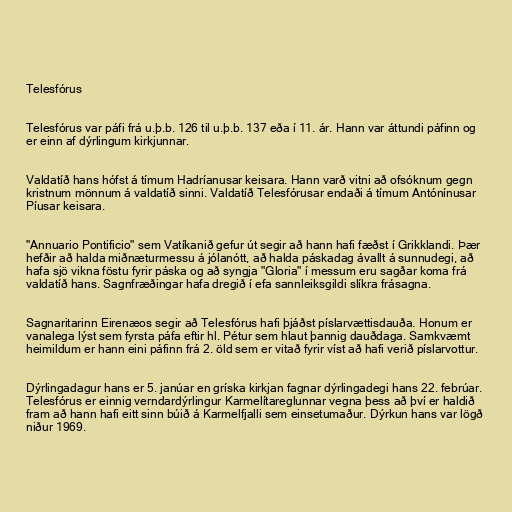
Telesfórus

Telesfórus var páfi frá u.þ.b. 126 til u.þ.b. 137 eða í 11. ár. Hann var áttundi páfinn og
er einn af dýrlingum kirkjunnar.

Valdatíð hans hófst á tímum Hadríanusar keisara. Hann varð vitni að ofsóknum gegn
kristnum mönnum á valdatíð sinni. Valdatíð Telesfórusar endaði á tímum Antónínusar
Píusar keisara.

"Annuario Pontificio" sem Vatíkanið gefur út segir að hann hafi fæðst í Grikklandi. Þær
hefðir að halda miðnæturmessu á jólanótt, að halda páskadag ávallt á sunnudegi, að
hafa sjö vikna föstu fyrir páska og að syngja "Gloria" í messum eru sagðar koma frá
valdatíð hans. Sagnfræðingar hafa dregið í efa sannleiksgildi slíkra frásagna.

Sagnaritarinn Eirenæos segir að Telesfórus hafi þjáðst píslarvættisdauða. Honum er
vanalega lýst sem fyrsta páfa eftir hl. Pétur sem hlaut þannig dauðdaga. Samkvæmt
heimildum er hann eini páfinn frá 2. öld sem er vitað fyrir víst að hafi verið píslarvottur.

Dýrlingadagur hans er 5. janúar en gríska kirkjan fagnar dýrlingadegi hans 22. febrúar.
Telesfórus er einnig verndardýrlingur Karmelítareglunnar vegna þess að því er haldið
fram að hann hafi eitt sinn búið á Karmelfjalli sem einsetumaður. Dýrkun hans var lögð
niður 1969.